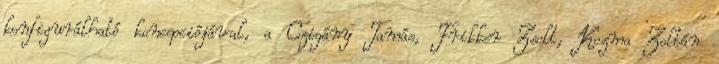
konfigurálható koncepciójával, a Czigány Tamás, Frikker Zsolt, Kozma Zoltán